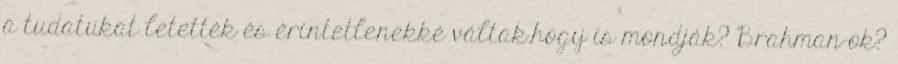
a tudatukat letették és érintetlenekké váltak.hogy is mondják? Brahman-ok?